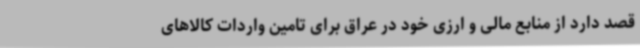
قصد دارد از منابع مالی و ارزی خود در عراق برای تامین واردات کالاهای